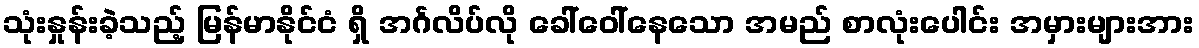
သုံးနှုန်းခဲ့သည့် မြန်မာနိုင်ငံ ရှိ အင်္ဂလိပ်လို ခေါ်ဝေါ်နေသော အမည် စာလုံးပေါင်း အမှားများအား